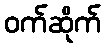
ဝက်ဆိုက်